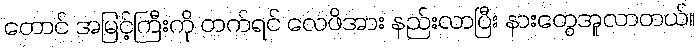
တောင် အမြင့်ကြီးကို တက်ရင် လေဖိအား နည်းလာပြီး နားတွေအူလာတယ်။